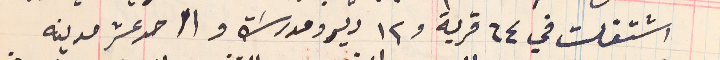
اشتغلت في ٦٤ قرية و١٢ دير ومدرسَة وا احد عشر مدينه